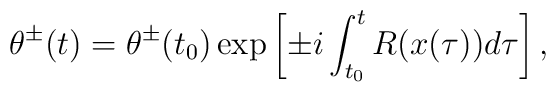
\theta^\pm(t)=\theta^\pm(t_0)\exp\left[\pm i\int_{t_0}^tR(x(\tau))d\tau\right],